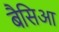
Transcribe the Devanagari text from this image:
बैसिआ